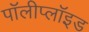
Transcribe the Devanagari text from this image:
पॉलीप्लॉइड